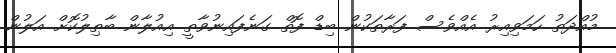
މުއްދަތު ހަމަވިއިރު އެއްވެސް ފަރާތަކުން ބިޑް ފޮތް ގަނެފައިނުވާތީ އިއުލާން ބާޠިލުކޮށް އަލުން